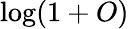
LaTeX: \log(1+O)